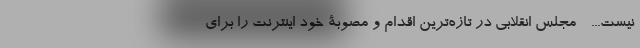
نیست... - مجلس انقلابی در تازه‌ترین اقدام و مصوبۀ خود اینترنت را برای